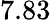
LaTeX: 7.83